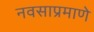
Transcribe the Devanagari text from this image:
नवसाप्रमाणे